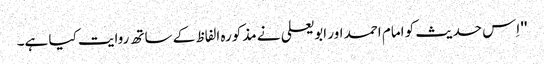
'' اِس حدیث کو امام احمد اور ابو یعلی نے مذکورہ الفاظ کے ساتھ روایت کیا ہے۔